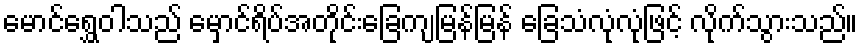
မောင်ရွှေဝါသည် မှောင်ရိပ်အတိုင်းခြေကျမြန်မြန် ခြေသံလုံလုံဖြင့် လိုက်သွားသည်။